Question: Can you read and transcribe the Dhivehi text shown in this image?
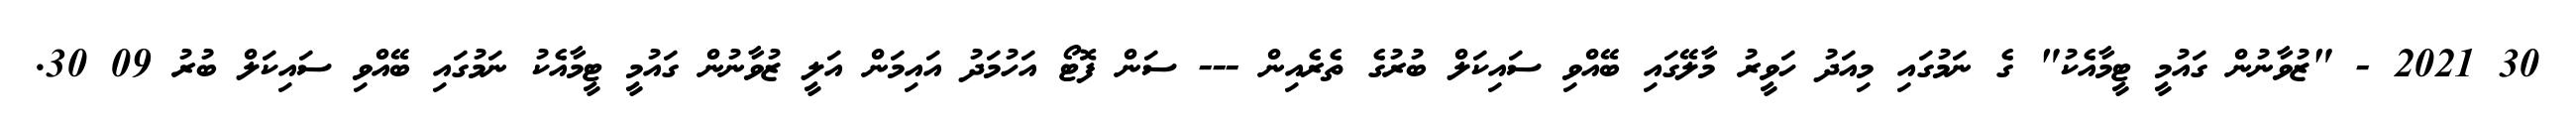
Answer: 30 2021 - "ޒުވާނުން ގައުމީ ޓީމާއެކު" ގެ ނަމުގައި މިއަދު ހަވީރު މާލޭގައި ބޭއްވި ސައިކަލް ބުރުގެ ތެރެއިން --- ސަން ފޮޓޯ އަހުމަދު އައިމަން އަލީ ޒުވާނުން ގައުމީ ޓީމާއެކު ނަމުގައި ބޭއްވި ސައިކަލް ބުރު 09 30.